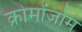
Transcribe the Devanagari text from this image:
क्रोमोंजोम